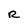
Character: R